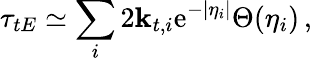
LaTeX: \tau_{tE}\simeq\sum_{i}2\mathbf{k}_{t,i}\mathrm{e}^{-|\eta_{i}|}\Theta(\eta_{i})\, ,